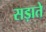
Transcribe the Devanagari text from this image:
सड़ाते